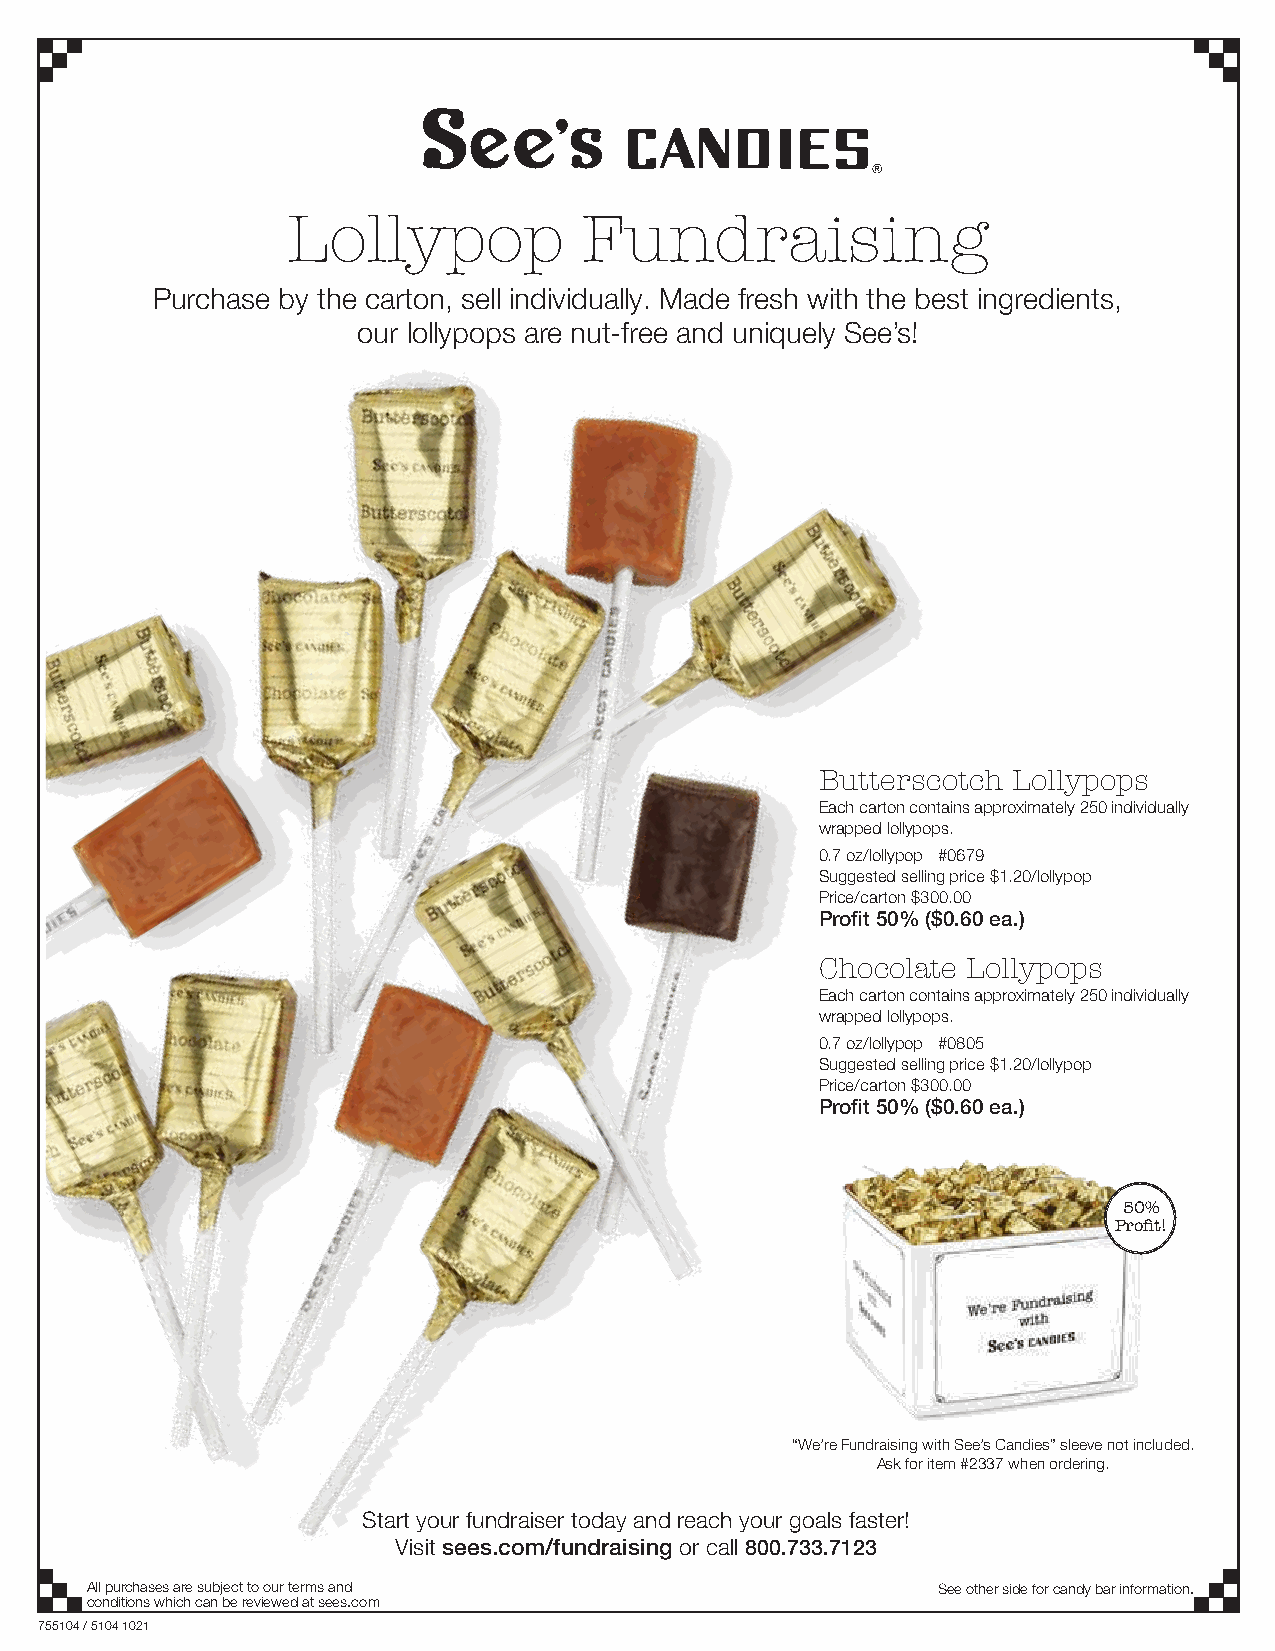
Lollypop            Fundraising
 Purchase by the carton, sell individually. Made fresh with the best ingredients,
 our lollypops are nut-free and uniquely See’s!
 Butterscotch Lollypops
 Each carton contains approximately 250 individually
 wrapped lollypops.
 0.7 oz/lollypop #0679
 Suggested selling price $1.20/lollypop
 Price/carton $300.00
 Profit 50% ($0.60 ea.)
 Chocolate Lollypops
 Each carton contains approximately 250 individually
 wrapped lollypops.
 0.7 oz/lollypop #0805
 Suggested selling price $1.20/lollypop
 Price/carton $300.00
 Profit 50% ($0.60 ea.)
 50%
 Profit!
 “We’re Fundraising with See’s Candies” sleeve not included.
 Ask for item #2337 when ordering.
 Start your fundraiser today and reach your goals faster!
 Visit sees.com/fundraising or call 800.733.7123
 All purchases are subject to our terms and              See other side for candy bar information.
 conditions which can be reviewed at sees.com
 755104 / 5104 1021